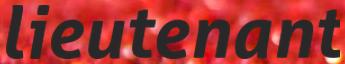
lieutenant